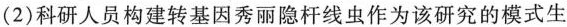
2)科研人员构建转基因秀丽隐杆线虫作为该研究的模式生